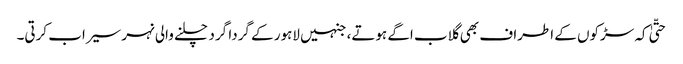
حتّیٰ کہ سڑکوں کے اطراف بھی گلاب اگے ہوتے، جنہیں لاہور کے گردا گرد چلنے والی نہر سیراب کرتی۔